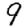
Digit: 9